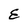
Character: E